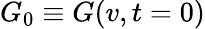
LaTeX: G_{0}\equiv G(v,t=0)